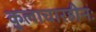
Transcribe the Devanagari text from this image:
कुलाचारहीनः